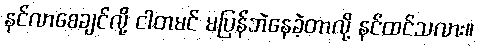
နင်လာစေချင်လို့ ငါတမင် မပြန်ဘဲနေခဲ့တာလို့ နင်ထင်သလား။